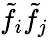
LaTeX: \tilde{f_{i}}\tilde{f_{j}}